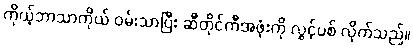
ကိုယ့်ဘာသာကိုယ် ဝမ်းသာပြီး ဆီတိုင်ကီအဖုံးကို လွှင့်ပစ် လိုက်သည်။